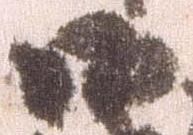
御